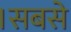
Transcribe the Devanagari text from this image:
।सबसे